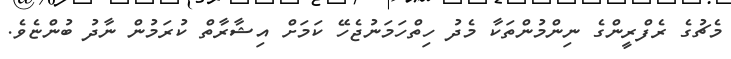
މެޗުގެ ރެފްރީންގެ ނިންމުންތަކާ މެދު ހިތްހަމަނުޖެހޭ ކަމަށް އިޝާރާތް ކުރަމުން ނާދު ބުންޏެވެ.